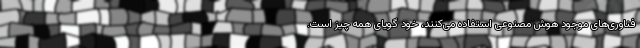
فناوری‌های موجود هوش مصنوعی استفاده می‌کنند، خود گویای همه چیز است.